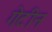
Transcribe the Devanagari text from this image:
गेटीन